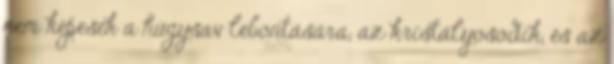
nem képesek a húgysav lebontására, az kristályosodik, és az